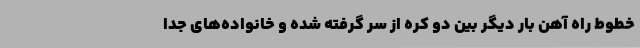
خطوط راه آهن بار دیگر بین دو کره از سر گرفته شده و خانواده‌های جدا